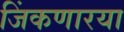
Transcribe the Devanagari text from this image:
जिंकणारया